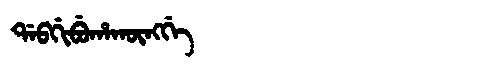
Manchu: ᡩᠠᠪᡤᡳᠪᡠᡥᠠᡴᡡᠩᡤᡝ
Romanization: DABGIBUHAKŪNGGE